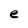
Character: e